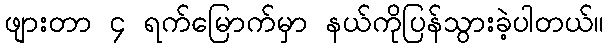
ဖျားတာ ၄ ရက်မြောက်မှာ နယ်ကိုပြန်သွားခဲ့ပါတယ်။